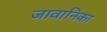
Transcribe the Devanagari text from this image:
जावानिका